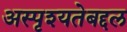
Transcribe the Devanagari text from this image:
अस्पृश्यतेबद्दल